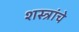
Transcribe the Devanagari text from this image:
शस्‍त्रांचे